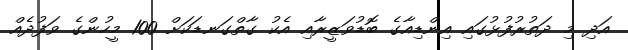
އަދި މި ދަތުރުފުޅުގައި އިންޑިއާގެ ބޮޑުވަޒީރާއި އެކު ގާތްގަނޑަކަށް 100 މީހުންގެ ވަފުދެއް